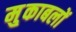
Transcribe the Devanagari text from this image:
मु्काबलों